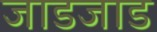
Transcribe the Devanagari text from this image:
जाडजाड